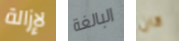
لإزالة البالغة كان